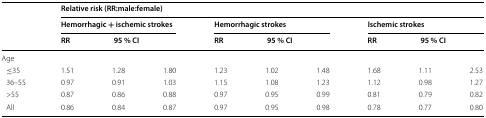
<table><thead><tr><td rowspan="3"></td><td colspan="9"><b>Relative risk (RR:male:female)</b></td></tr><tr><td colspan="3"><b>Hemorrhagic + ischemic strokes</b></td><td colspan="3"><b>Hemorrhagic strokes</b></td><td colspan="3"><b>Ischemic strokes</b></td></tr><tr><td><b>RR</b></td><td colspan="2"><b> 95 % CI</b></td><td><b>RR</b></td><td colspan="2"><b> 95 % CI</b></td><td><b>RR</b></td><td colspan="2"><b> 95 % CI</b></td></tr></thead><tbody><tr><td>Age</td><td></td><td></td><td></td><td></td><td></td><td></td><td></td><td></td><td></td></tr><tr><td> ≤35</td><td>1.51</td><td>1.28</td><td>1.80</td><td>1.23</td><td>1.02</td><td>1.48</td><td>1.68</td><td>1.11</td><td>2.53</td></tr><tr><td> 36–55</td><td>0.97</td><td>0.91</td><td>1.03</td><td>1.15</td><td>1.08</td><td>1.23</td><td>1.12</td><td>0.98</td><td>1.27</td></tr><tr><td> &gt;55</td><td>0.87</td><td>0.86</td><td>0.88</td><td>0.97</td><td>0.95</td><td>0.99</td><td>0.81</td><td>0.79</td><td>0.82</td></tr><tr><td> All</td><td>0.86</td><td>0.84</td><td>0.87</td><td>0.97</td><td>0.95</td><td>0.98</td><td>0.78</td><td>0.77</td><td>0.80</td></tr></tbody></table>